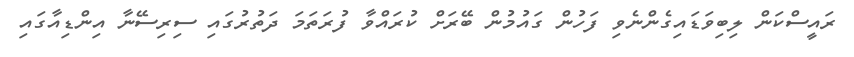
ރައީސްކަން ލިބިވަޑައިގެންނެވި ފަހުން ގައުމުން ބޭރަށް ކުރައްވާ ފުރަތަަމަ ދަތުރުގައި ސިރިސޭނާ އިންޑިއާގައި